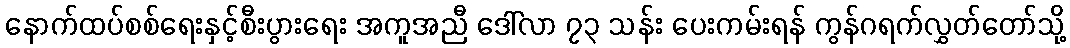
နောက်ထပ်စစ်ရေးနှင့်စီးပွားရေး အကူအညီ ဒေါ်လာ ၇၃ သန်း ပေးကမ်းရန် ကွန်ဂရက်လွှတ်တော်သို့